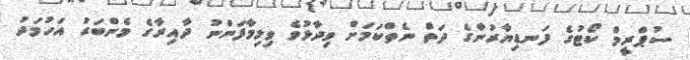
ސުޕްރީމް ކޯޓުގެ ފަނޑިޔާރުންގެ ދަތް ނެތްކަމަށް ވިދާޅުވެ ވިލިމާފަންނު ދާއިރާގެ މެންބަރު އަހުމަދު